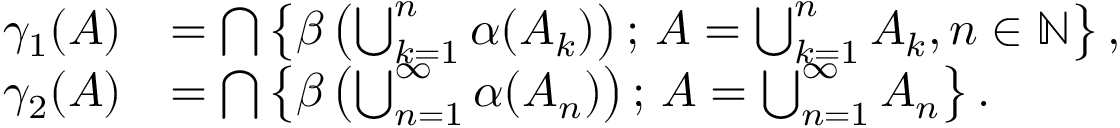
\begin{array} { r l } { \gamma _ { 1 } ( A ) } & { = \bigcap \left\{ \beta \left( \bigcup _ { k = 1 } ^ { n } \alpha ( A _ { k } ) \right) ; \, A = \bigcup _ { k = 1 } ^ { n } A _ { k } , n \in \mathbb N \right\} , } \\ { \gamma _ { 2 } ( A ) } & { = \bigcap \left\{ \beta \left( \bigcup _ { n = 1 } ^ { \infty } \alpha ( A _ { n } ) \right) ; \, A = \bigcup _ { n = 1 } ^ { \infty } A _ { n } \right\} . } \end{array}